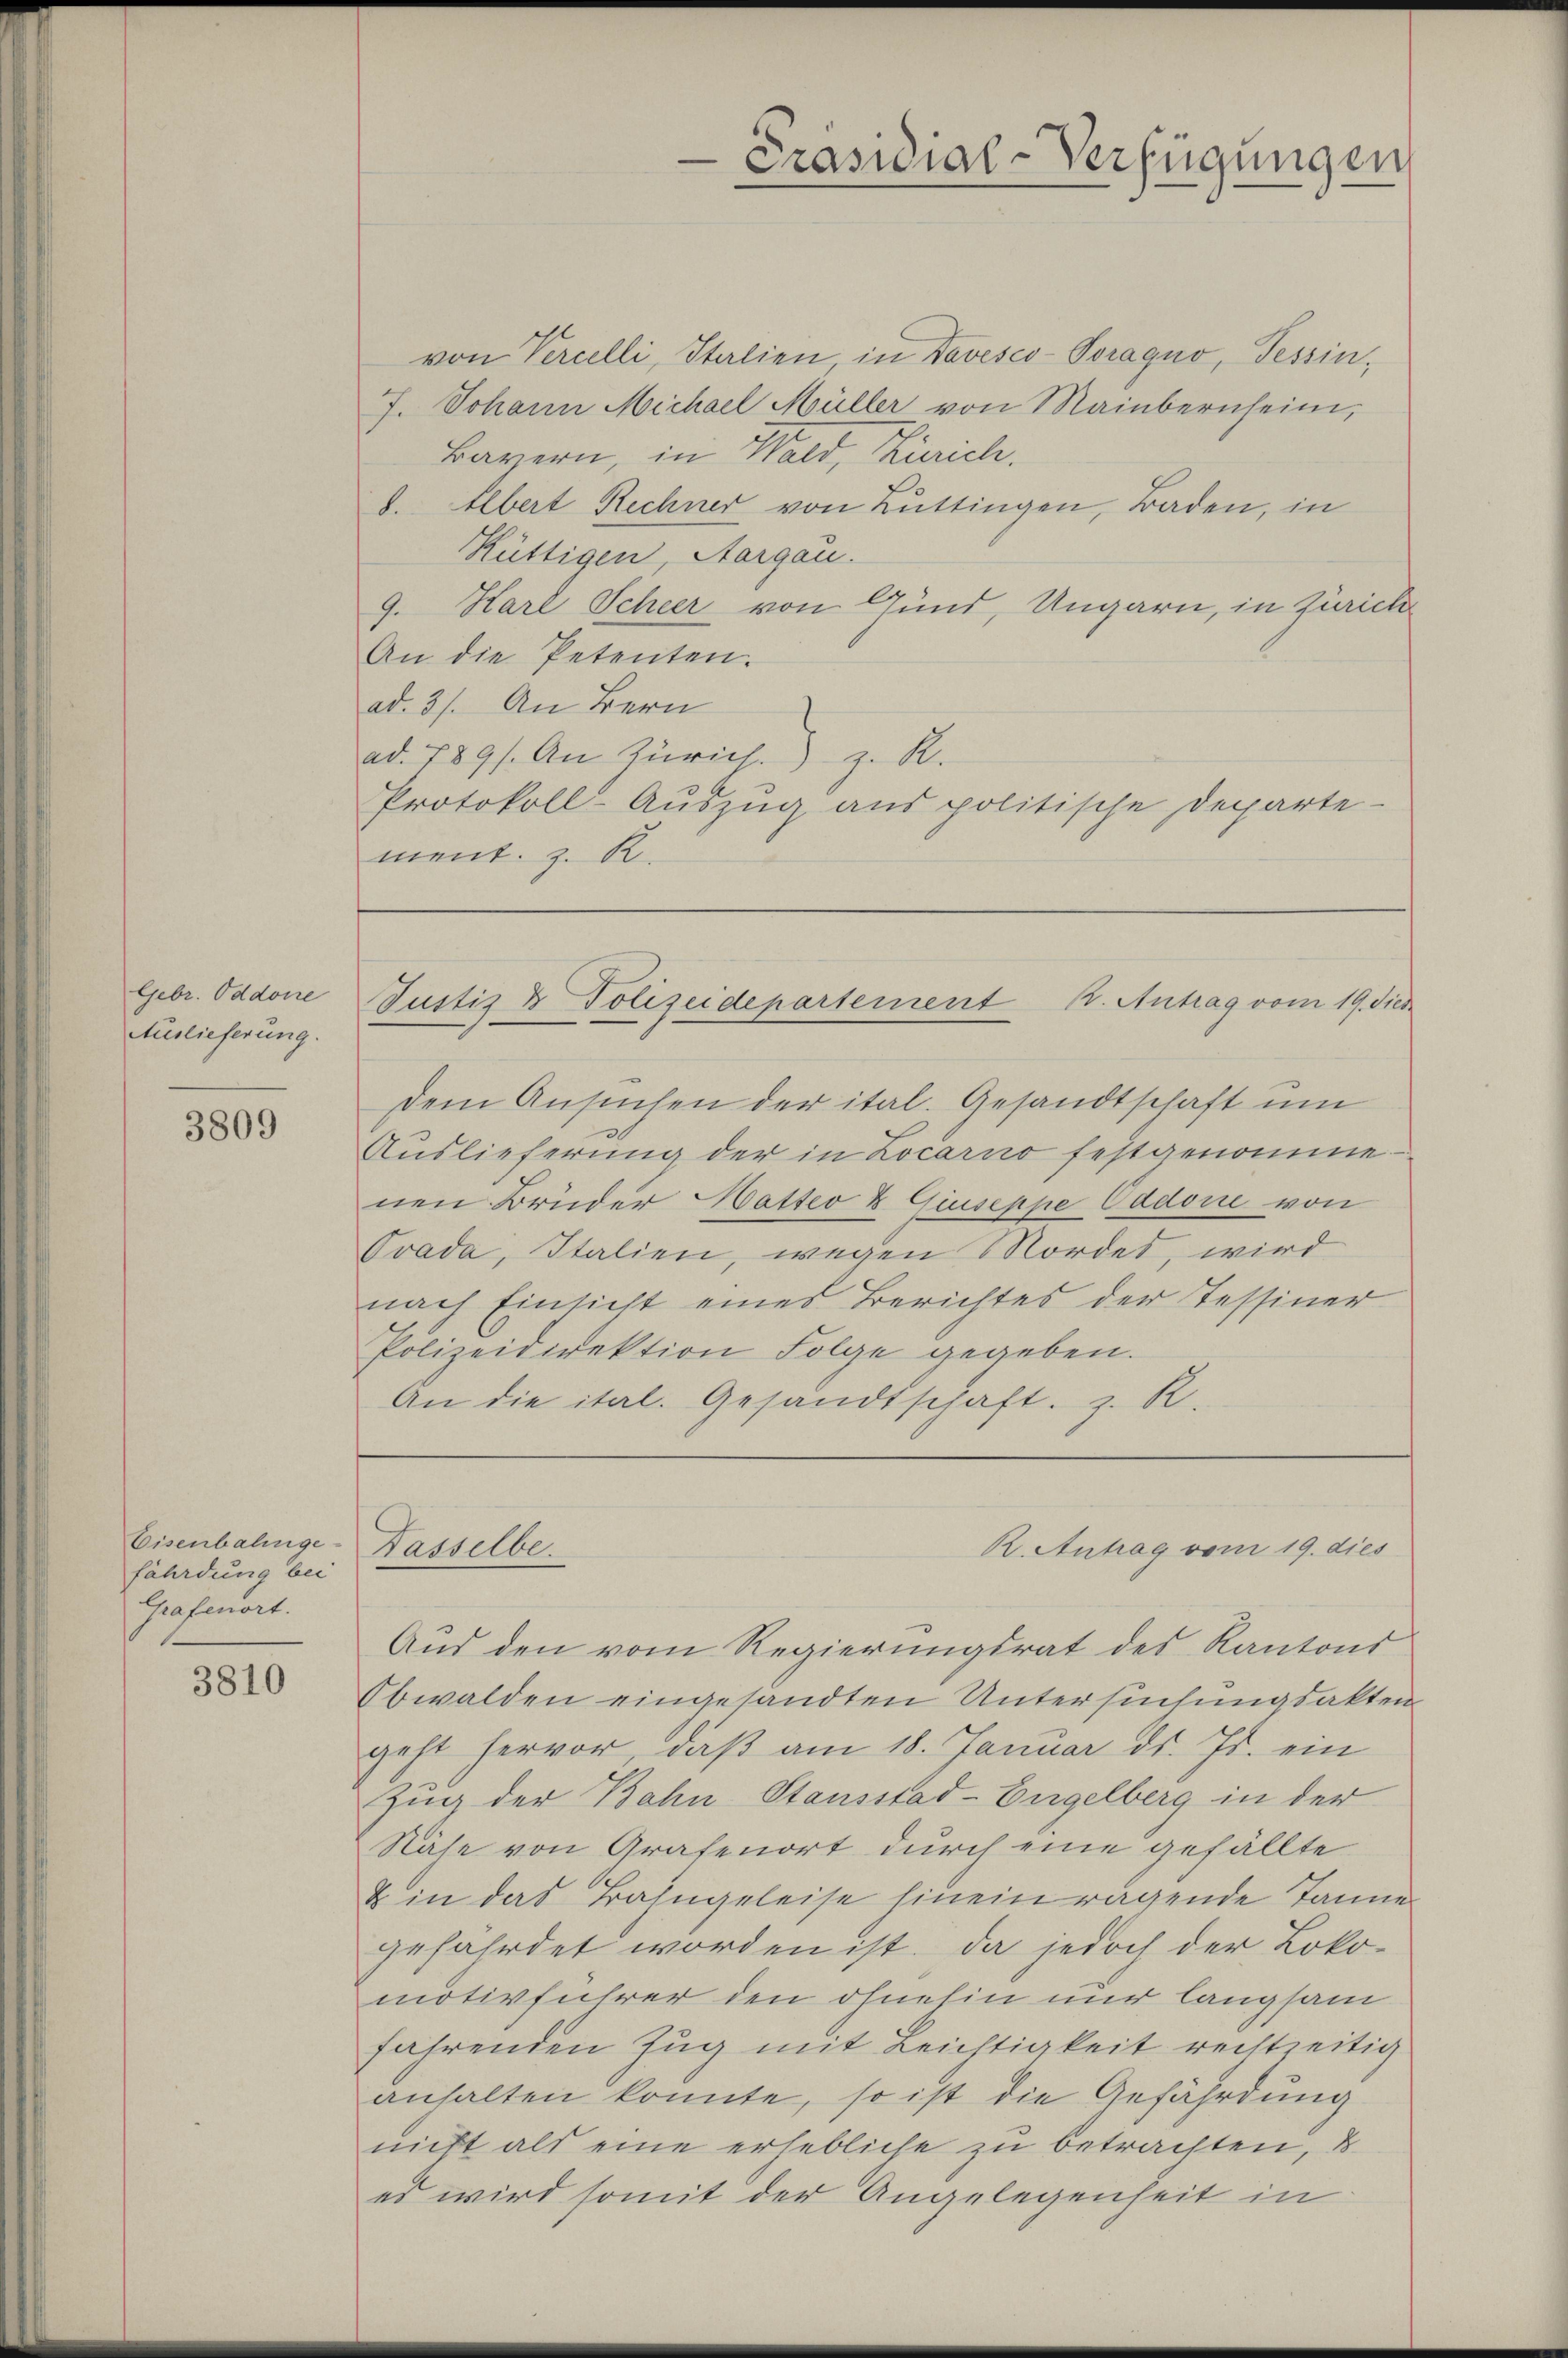
Febr. Oddone
Auslieferung.

3809

Eisenbahnge-
fährdung bei
Grafenort.

3810

dem Ansuchen der ital. Gesandtschaft um
Auslieferung der in Locarno festgenomme
nen Brüder Matteo & Giuseppe Aadorie von
Ovada, Italien, wegen Mordes, wird
nach Einsicht eines Berichtes der Tessiner
Polizeidirektion Folge gegeben.
An die ital. Gesandtschaft z. R.

von Percelli, Italien, in Davesco-Poraquo, Tessin¬
7. Johann Michael Müller von Mainbernsein,
Bayern, in Wald, Zürich.
d. Albert Rechner von Büttingen, Baden, in
Rüttigen, Aargau.
9. Karl Scheer von Gund, Ungarn, in Zürich
An die Petenten.
ad. 31. An Bern
ad. 1891. An Zürich.) z. R.
Protokoll-Auszug aus politische Departe
ment. z. R.

Präsidial-Verfügungen

Justiz & Polizeidepartement K. Antrag vom 19. dies

Dasselbe.

R. Antrag vom 19. dies

Aus den vom Regierungsrat des Kantons
Obwalden eingesandten Untersuchungsakten
geht hervor, daß am 18. Januar ds. Js. ein
Zug der Bahn Stausstad-Engelberg in der
Nähe von Grafenort durch eine gefällte
& in das Bahngeleise hinein ragende Tanne
gefährdet worden ist. Da jedoch der Loko-
motivführer den ohnehin nur langsam
fahrenden Zug mit Leichtigkeit rechtzeitig
anhalten konnte, so ist die Gefährdung
nicht als eine erhebliche zu betrachten, d
es wird somit der Angelegenheit in